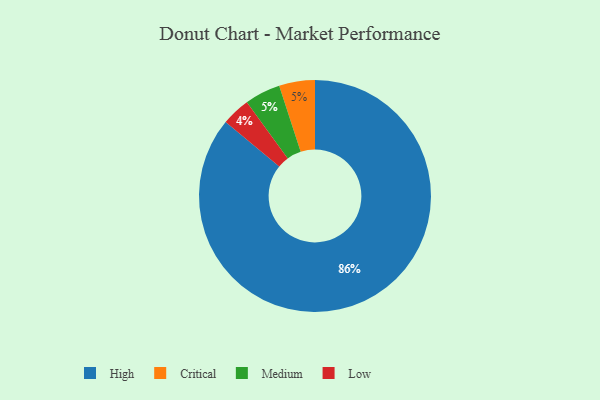
{"axis": {"x": "Category", "y": "Percentage"}, "legend": ["Critical", "High", "Low", "Medium"], "data": [{"x": "Critical", "y": 5, "type": "Critical"}, {"x": "High", "y": 86, "type": "High"}, {"x": "Medium", "y": 5, "type": "Medium"}, {"x": "Low", "y": 4, "type": "Low"}]}